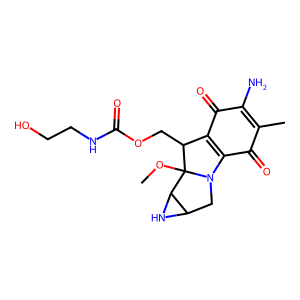
SMILES: COC12C(COC(=O)NCCO)C3=C(C(=O)C(C)=C(N)C3=O)N1CC1NC12
Inhibits HIV replication: No